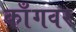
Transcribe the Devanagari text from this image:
काँगवर